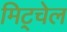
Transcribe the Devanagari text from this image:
मिट्चेल